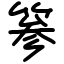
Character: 𥮾